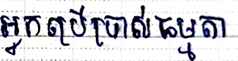
អ្នកប្រើប្រាស់ធម្មតា